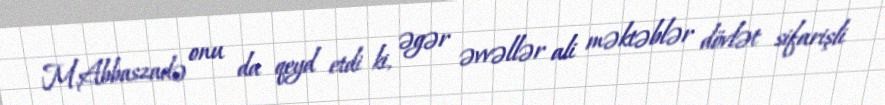
M.Abbaszadə onu da qeyd etdi ki, əgər əvvəllər ali məktəblər dövlət sifarişli